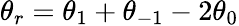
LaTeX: \theta_{r}=\theta_{1}+\theta_{-1}-2\theta_{0}